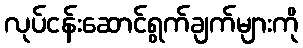
လုပ်ငန်းဆောင်ရွက်ချက်များကို